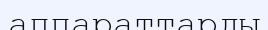
аппараттарды